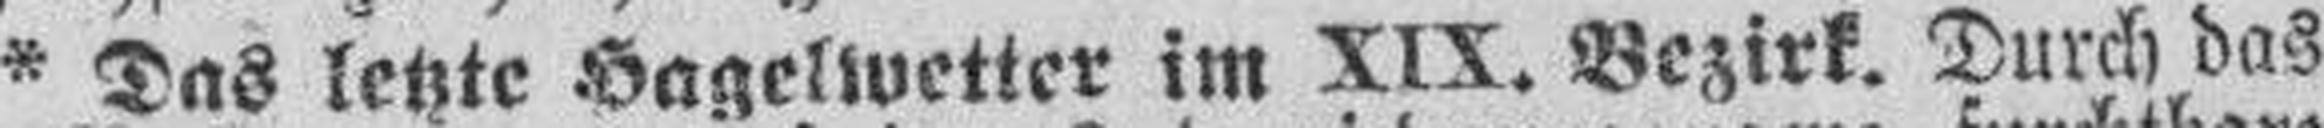
* Das letzte Hagelwetter im XIX. Bezirk. Durch das